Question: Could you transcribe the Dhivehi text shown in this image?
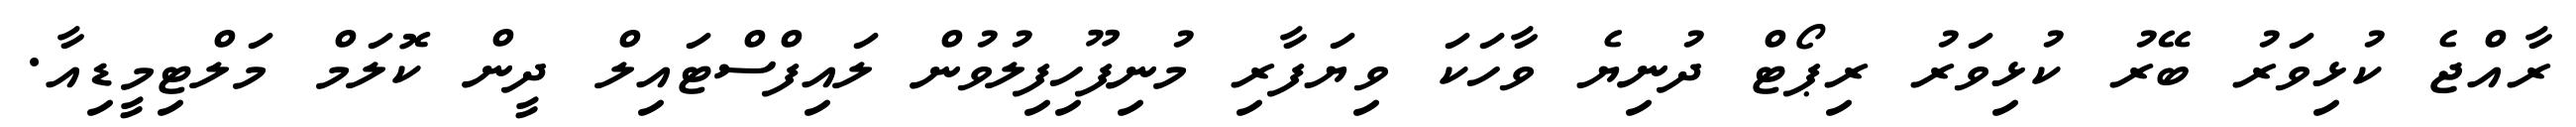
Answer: ރާއްޖެ ކުޅިވަރު ބޭރު ކުޅިވަރު ރިޕޯޓް ދުނިޔެ ވާހަކަ ވިޔަފާރި މުނިފޫހިފިލުވުން ލައިފްސްޓައިލް ދީން ކޮލަމް މަލްޓިމީޑިއާ.